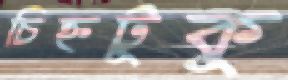
চিহ্নটুকু